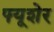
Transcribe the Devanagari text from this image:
फ्यूशेर